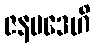
ဇနပဒေဟိ